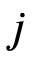
j